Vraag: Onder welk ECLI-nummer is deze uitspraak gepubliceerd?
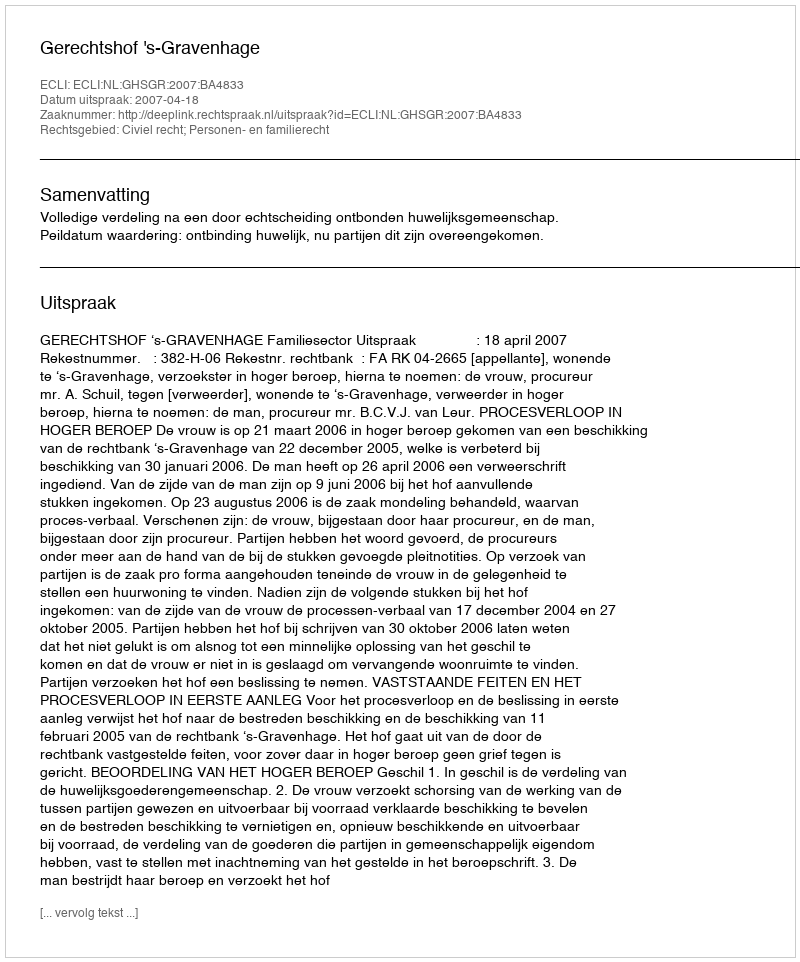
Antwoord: ECLI:NL:GHSGR:2007:BA4833